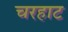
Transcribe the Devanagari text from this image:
चरहाट